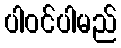
ပါဝင်ပါမည်